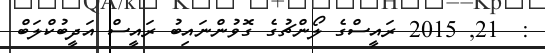
:  21